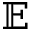
\mathbb E